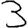
Digit: 3